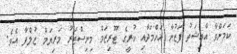
ކަމަށްވާ އާއިޝަތު ފަޒުނާ އަހްމަދާއި ކުރީގެ ޓޫރިޒަމް މިނިސްޓަރު މަރިޔަމް ޒުލްފާ އެވެ.